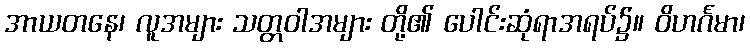
အာယတနေ၊ လူအများ သတ္တဝါအများ တို့၏ ပေါင်းဆုံရာအရပ်၌။ ဝိဟင်္ဂမာ၊